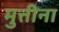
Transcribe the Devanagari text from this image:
मुत्तीना